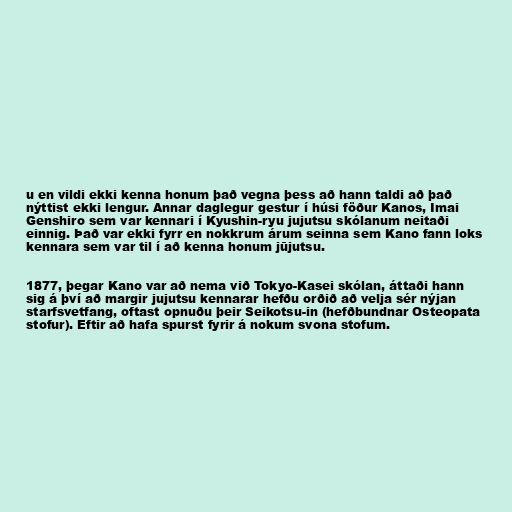
u en vildi ekki kenna honum það vegna þess að hann taldi að það
nýttist ekki lengur. Annar daglegur gestur í húsi föður Kanos, Imai
Genshiro sem var kennari í Kyushin-ryu jujutsu skólanum neitaði
einnig. Það var ekki fyrr en nokkrum árum seinna sem Kano fann loks
kennara sem var til í að kenna honum jūjutsu.

1877, þegar Kano var að nema við Tokyo-Kasei skólan, áttaði hann
sig á því að margir jujutsu kennarar hefðu orðið að velja sér nýjan
starfsvetfang, oftast opnuðu þeir Seikotsu-in (hefðbundnar Osteopata
stofur). Eftir að hafa spurst fyrir á nokum svona stofum.